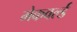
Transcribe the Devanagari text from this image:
मेकवर्ल्ड